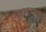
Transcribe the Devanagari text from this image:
पद्माराजन